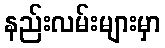
နည်းလမ်းများမှာ